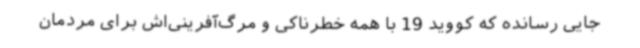
جایی رسانده که کووید 19 با همه خطرناکی و مرگ‌آفرینی‌اش برای مردمان